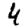
Digit: 4